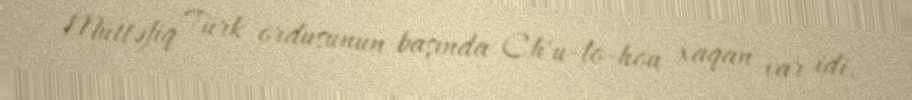
Müttəfiq Türk ordusunun başında Ch'u-lo-hou xaqan var idi.